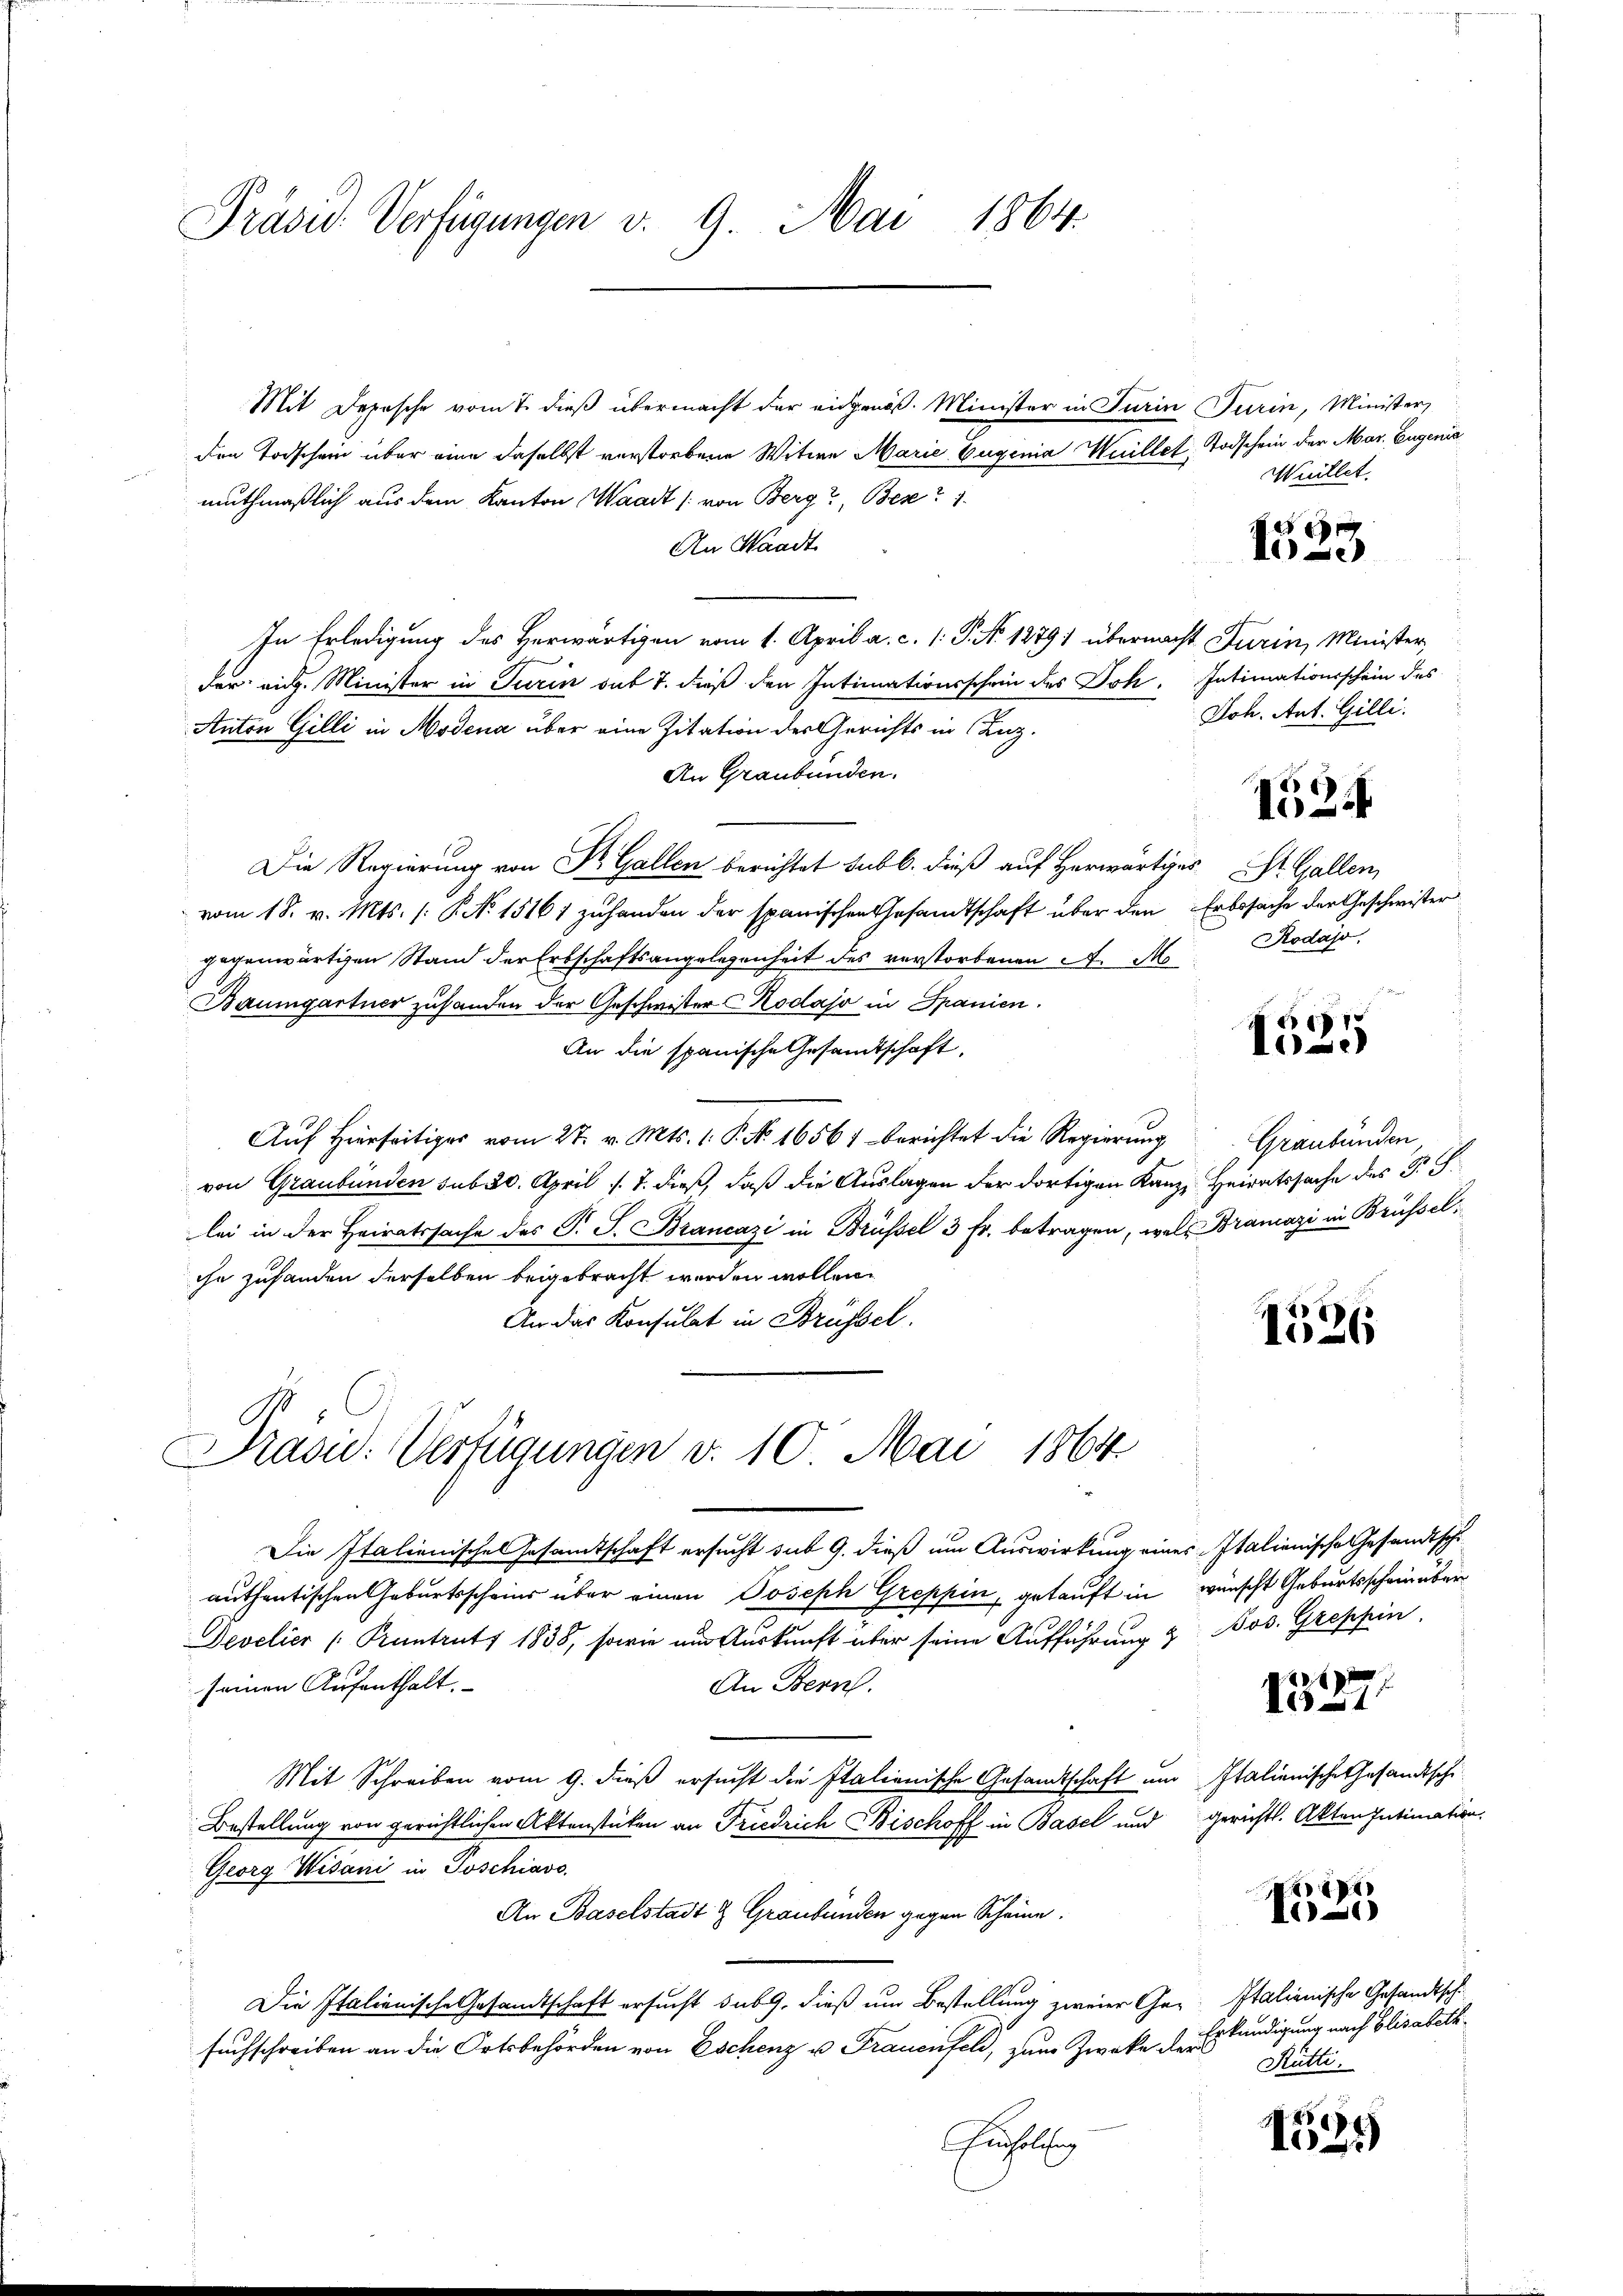
Präsid. Verfügungen v. 9. Mai 1864.

Mit Depesche vom 7. dieß übermacht der eidgenöß. Minister in Turin Turin, Minister,
den Todschein über eine daselbst verstorbene Witwe Marie Eugenia Weillet, Todschein der Mar. Eugenia
muthmaßlich aus dem Kanton Waadt (von Berg, Bese?
An Waadt
In Erledigung des Herwärtigen vom 1. April a. c. 1. P. N. 1279) übernacht Turin, Minister,
der eidg. Minister in Turin das 7. dieß den Intimationsschein des Joh. Intimationsschein des
Anton Gilli in Modena über eine Zitation des Gerichts in Luz
An Graubünden.
Die Regierung von Dr. Gallen berichtet sub b. dieß auf Herwärtiges St. Gallen,
vom 18. v. Mts. (: No 15161 zuhanden der spanischen Gesandtschaft über den Erbssache der Geschwister
gegenwärtigen Stand der Erbschaftsangelegenheit des verstorbenen A. M
Baumgartner zustanden der Geschwister Kodajo in Spanien.
An die spanische Gesamtschaft.
Aŭf Hierseitiges vom 27. v. Mts. 1. P. No. 16561 berichtet die Regierung
von Graubünden sub 20. April l. J. dieß, daß die Auslagen der dortigen Kanze Heiratssache des P. F.
lei in der Heiratssache des P. J. Brancazi in Brüssel 3 Fr. betragen, wel Bramazi in Brüsselihn zuhanden derselben beigebracht werden wollen.
An das Konsulat in Brüssel.
Präsid. Verfügungen v. 10. Mai 1864.
Die Italienisches Gesamtschaft ersucht sub 9. dieß um Auswirkung eines Italienische Gesandtschu
authentischen Geburtsscheins über einen Joseph Greppin, getauft in wünscht Geburtsscheinüber
Develier (Pruntruts 1838, sowie am Auskunft über seine Aufführung & Bos. Greppin
seinen Aufenthalt.
An Bern.
Mit Schreiben vom 9. dieß ersucht die Italienische Gesandtschaft um Italienische Gesandtschi¬
Bestellung von gerichtlichen Aktenstücken an Friedrich Bischoff in Basel und gerichtl. Akten Intimation.
Georg Wisani in Joschiavo,
An Baselstadt & Graubünden gegen Scheine.
Die Italienische Gesandtschaft ersucht sub 9. dieß um Bestellung zweier Ge- Italienische Gesandtsch.
suchschreiben an die Ortsbehörden von Eschenz u. Frauenfeld, zum Zwecke der
henholung

Wuillet.

x
d1) e

Joh. Ant. Gilli.

124

Rodajo.

1
Ie

Graubünden

1526

2
11

88
)

Erkundigung nach Elisabeth
Rütti.

1539